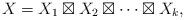
LaTeX: \begin{align*} X=X_1\boxtimes X_2\boxtimes\cdots \boxtimes X_k, \end{align*}